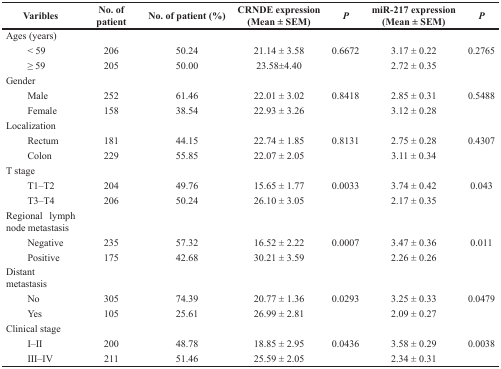
<table><thead><tr><td><b>Varibles</b></td><td><b>No. of patient</b></td><td><b>No. of patient (%)</b></td><td><b>CRNDE expression (Mean ± SEM)</b></td><td><b><i>P</i></b></td><td><b>miR-217 expression (Mean ± SEM)</b></td><td><b><i>P</i></b></td></tr></thead><tbody><tr><td>Ages (years)</td><td></td><td></td><td></td><td></td><td></td><td></td></tr><tr><td> &lt; 59</td><td>206</td><td>50.24</td><td>21.14 ± 3.58</td><td>0.6672</td><td>3.17 ± 0.22</td><td>0.2765</td></tr><tr><td> ≥ 59</td><td>205</td><td>50.00</td><td>23.58±4.40</td><td></td><td>2.72 ± 0.35</td><td></td></tr><tr><td>Gender</td><td></td><td></td><td></td><td></td><td></td><td></td></tr><tr><td> Male</td><td>252</td><td>61.46</td><td>22.01 ± 3.02</td><td>0.8418</td><td>2.85 ± 0.31</td><td>0.5488</td></tr><tr><td> Female</td><td>158</td><td>38.54</td><td>22.93 ± 3.26</td><td></td><td>3.12 ± 0.28</td><td></td></tr><tr><td>Localization</td><td></td><td></td><td></td><td></td><td></td><td></td></tr><tr><td> Rectum</td><td>181</td><td>44.15</td><td>22.74 ± 1.85</td><td>0.8131</td><td>2.75 ± 0.28</td><td>0.4307</td></tr><tr><td> Colon</td><td>229</td><td>55.85</td><td>22.07 ± 2.05</td><td></td><td>3.11 ± 0.34</td><td></td></tr><tr><td>T stage</td><td></td><td></td><td></td><td></td><td></td><td></td></tr><tr><td> T1–T2</td><td>204</td><td>49.76</td><td>15.65 ± 1.77</td><td>0.0033</td><td>3.74 ± 0.42</td><td>0.043</td></tr><tr><td> T3–T4</td><td>206</td><td>50.24</td><td>26.10 ± 3.05</td><td></td><td>2.17 ± 0.35</td><td></td></tr><tr><td>Regional lymph node metastasis</td><td></td><td></td><td></td><td></td><td></td><td></td></tr><tr><td> Negative</td><td>235</td><td>57.32</td><td>16.52 ± 2.22</td><td>0.0007</td><td>3.47 ± 0.36</td><td>0.011</td></tr><tr><td> Positive</td><td>175</td><td>42.68</td><td>30.21 ± 3.59</td><td></td><td>2.26 ± 0.26</td><td></td></tr><tr><td>Distant metastasis</td><td></td><td></td><td></td><td></td><td></td><td></td></tr><tr><td> No</td><td>305</td><td>74.39</td><td>20.77 ± 1.36</td><td>0.0293</td><td>3.25 ± 0.33</td><td>0.0479</td></tr><tr><td> Yes</td><td>105</td><td>25.61</td><td>26.99 ± 2.81</td><td></td><td>2.09 ± 0.27</td><td></td></tr><tr><td>Clinical stage</td><td></td><td></td><td></td><td></td><td></td><td></td></tr><tr><td> I–II</td><td>200</td><td>48.78</td><td>18.85 ± 2.95</td><td>0.0436</td><td>3.58 ± 0.29</td><td>0.0038</td></tr><tr><td> III–IV</td><td>211</td><td>51.46</td><td>25.59 ± 2.05</td><td></td><td>2.34 ± 0.31</td><td></td></tr></tbody></table>